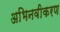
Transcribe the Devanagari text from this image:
अभिनवीकरण